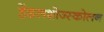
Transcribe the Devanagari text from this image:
हेंडलशोज्स्कोलन